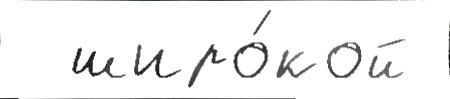
  широ́кой